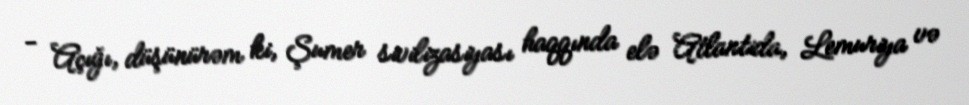
- Açığı, düşünürəm ki, Şumer sivilizasiyası haqqında elə Atlantida, Lemuriya və